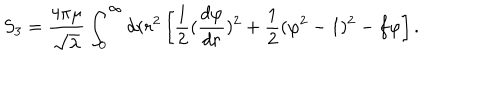
S _ { 3 } = { \frac { 4 \pi \mu } { \sqrt \lambda } } \int _ { 0 } ^ { \infty } d r r ^ { 2 } \left[ { \frac { 1 } { 2 } } ( { \frac { d \varphi } { d r } } ) ^ { 2 } + { \frac { 1 } { 2 } } ( \varphi ^ { 2 } - 1 ) ^ { 2 } - f \varphi \right] .